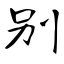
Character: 别